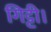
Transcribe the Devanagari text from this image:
गिट्टी।